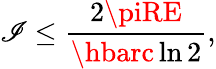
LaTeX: \mathscr{I}\leq{\frac{{2\piRE}}{{\hbarc\ln2}}},